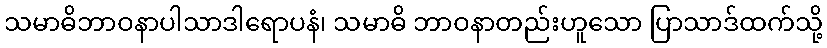
သမာဓိဘာဝနာပါသာဒါရောပနံ၊ သမာဓိ ဘာဝနာတည်းဟူသော ပြာသာဒ်ထက်သို့